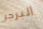
البرجر